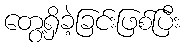
တွေ့ရှိခဲ့ခြင်းဖြစ်ပြီး